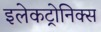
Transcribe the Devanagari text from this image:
इलेकट्रोनिक्स